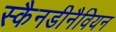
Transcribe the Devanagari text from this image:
स्कैनडीनैवियन